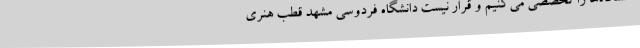
دانشگاه‌ها را تخصصی می‌کنیم و قرار نیست دانشگاه فردوسی مشهد قطب هنری